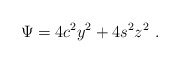
\begin{align*}\Psi = 4c^2y^2 + 4s^2z^2 \ . \end{align*}